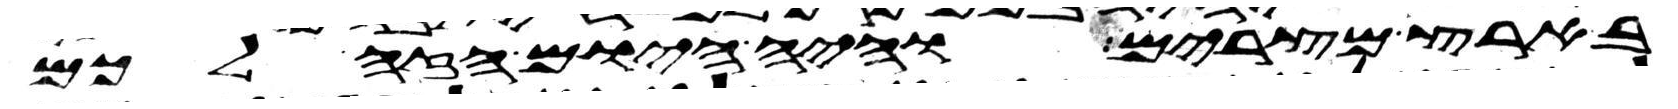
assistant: בארץ מצרים והיה היום הזה לכם